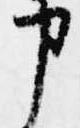
申